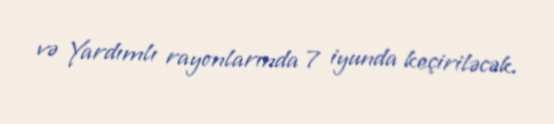
və Yardımlı rayonlarında 7 iyunda keçiriləcək.